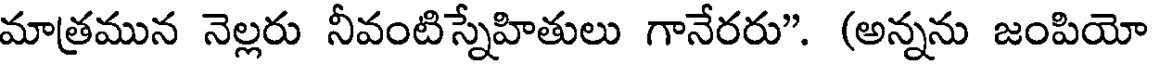
మాత్రమున నెల్లరు నీవంటిస్నేహితులు గానేరరు". (అన్నను జంపియో